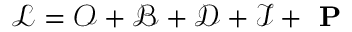
\mathcal { L } = \mathcal { O } + \mathcal { B } + \mathcal { D } + \mathcal { I } + \textbf { P }